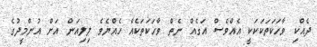
ދެއްކި ވާހަކަތަކަކަކީ އެއްވެސް އަގެއް ނެތް ވާހަކަތަކެއް ހެއްޔެވެ ލިލިއަން އަަށް އުންމީދުގެ